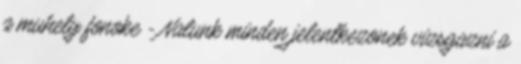
a muhely fonoke - Nalunk minden jelentkezonek vizsgazni a